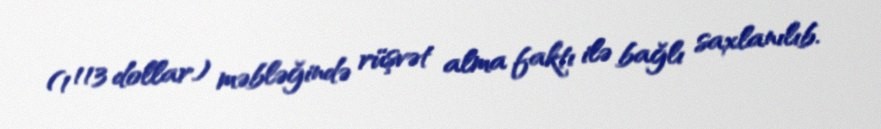
(1 113 dollar) məbləğində rüşvət alma faktı ilə bağlı saxlanılıb.